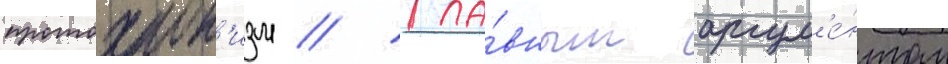
протохрон'изм // Гла́вным аргум'е́нтом